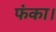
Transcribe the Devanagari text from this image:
फंका।